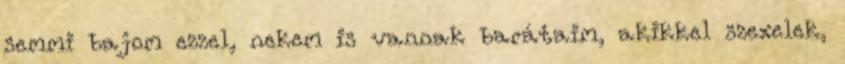
semmi bajom ezzel, nekem is vannak barátaim, akikkel szexelek,